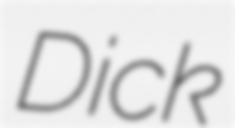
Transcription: Dick